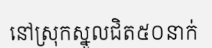
នៅស្រុកស្នួលជិត៥០នាក់